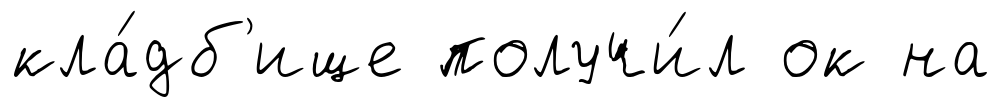
кла́дб'ище получи́л ок на